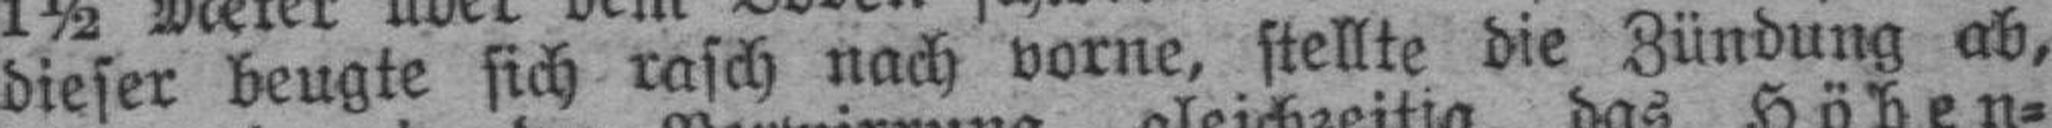
dieser beugte sich rasch nach vorne, stellte die Zündung ab,